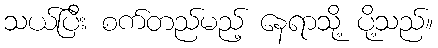
သယ်ပြီး စက်တည်မည့် နေရာသို့ ပို့သည်။